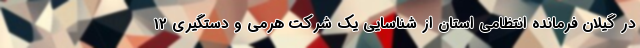
در گیلان فرمانده انتظامی استان از شناسایی یک شرکت هرمی و دستگیری 12